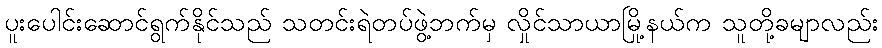
ပူးပေါင်းဆောင်ရွက်နိုင်သည် သတင်းရဲတပ်ဖွဲ့ဘက်မှ လှိုင်သာယာမြို့နယ်က သူတို့ခမျာလည်း